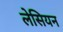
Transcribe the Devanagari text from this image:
लेसियन